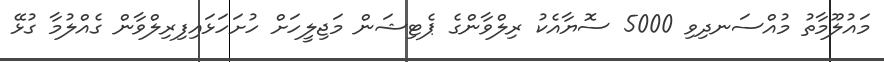
މައުލޫމާތު މުއްސަނދިވި 5000 ސޮޔާއެކު ރިލްވާންގެ ޕެޓިޝަން މަޖިލީހަށް ހުށަހަޅައިފިރިލްވާން ގެއްލުމާ ގުޅޭ